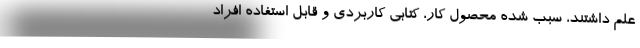
علم داشتند، سبب شده محصول کار، کتابی کاربردی و قابل استفاده افراد